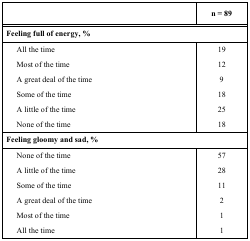
|  | n = 89 |
 | --- | --- |
 | <COLSPAN=2> Feeling full of energy, % |
 | All the timeMost of the timeA great deal of the timeSome of the timeA little of the timeNone of the time | 19129182518 |
 | <COLSPAN=2> Feeling gloomy and sad, % |
 | None of the timeA little of the timeSome of the timeA great deal of the timeMost of the timeAll the time | 572811211 |